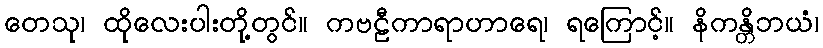
တေသု၊ ထိုလေးပါးတို့တွင်။ ကဗဠီကာရာဟာရေ၊ ရကြောင့်။ နိကန္တိဘယံ၊